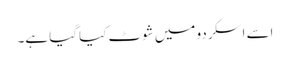
اسے اسکردو میں شوٹ کیا گیا ہے۔